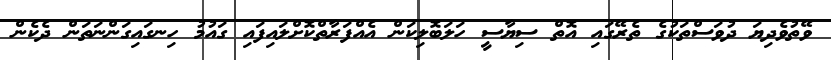
ވޭތުވެދިޔަ ދުވަސްތަކުގެ ތެރޭގައި އޮތް ސިޔާސީ ހަލަބޮލިކަން އެއްފަރާތްކޮށްލައިފައި ގައުމު ހިނގައިގަންނަތަން ދެކެން